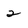
Character: 2